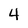
Character: 4